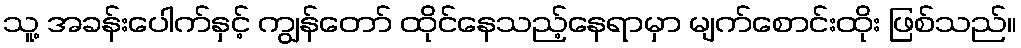
သူ့ အခန်းပေါက်နှင့် ကျွန်တော် ထိုင်နေသည့်နေရာမှာ မျက်စောင်းထိုး ဖြစ်သည်။